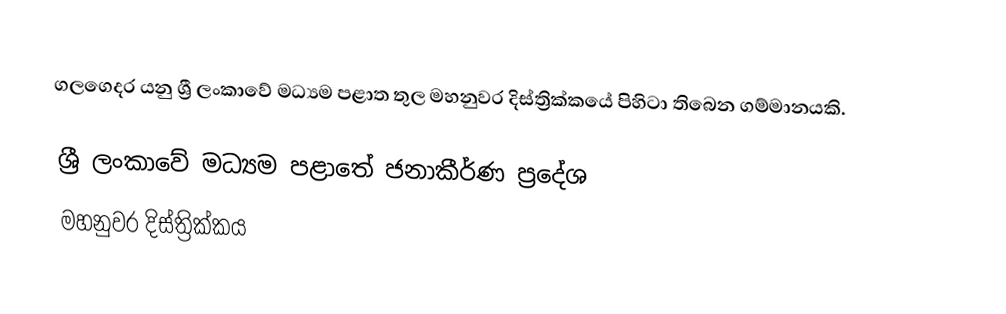
ගලගෙදර යනු ශ්‍රී ලංකාවේ මධ්‍යම පළාත තුල මහනුවර දිස්ත්‍රික්කයේ පිහිටා තිබෙන ගම්මානයකි.

ශ්‍රී ලංකාවේ මධ්‍යම පළාතේ ජනාකීර්ණ ප්‍රදේශ
මහනුවර දිස්ත්‍රික්කය